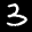
Label: 3